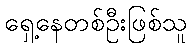
ရှေ့နေတစ်ဦးဖြစ်သူ